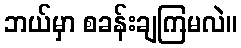
ဘယ်မှာ စခန်းချကြမလဲ။